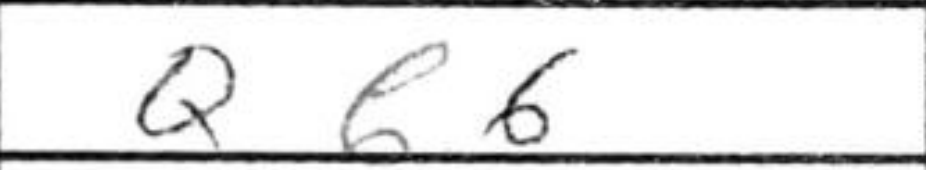
Transcription: Qb6